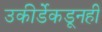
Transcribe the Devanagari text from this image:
उकीर्डेकडूनही